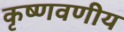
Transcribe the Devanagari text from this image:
कृष्णवणीय